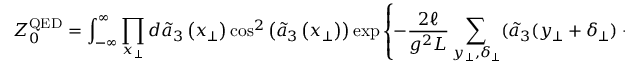
Z _ { 0 } ^ { \mathrm { Q E D } } = \int _ { - \infty } ^ { \infty } \prod _ { x _ { \perp } } d \tilde { a } _ { 3 } \left( x _ { \perp } \right) \cos ^ { 2 } \left( \tilde { a } _ { 3 } \left( x _ { \perp } \right) \right) \exp \left\{ - \frac { 2 \ell } { g ^ { 2 } L } \sum _ { y _ { \perp } , \delta _ { \perp } } ( \tilde { a } _ { 3 } ( y _ { \perp } + \delta _ { \perp } ) - \tilde { a } _ { 3 } ( y _ { \perp } ) ) ^ { 2 } \right\}